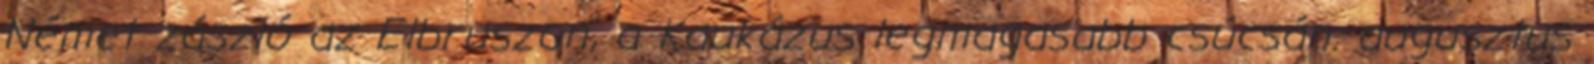
Német zászló az Elbruszon, a Kaukázus legmagasabb csúcsán. augusztus